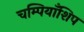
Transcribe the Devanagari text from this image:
चम्पियाँशिप